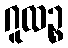
ဂူထဉ္စ